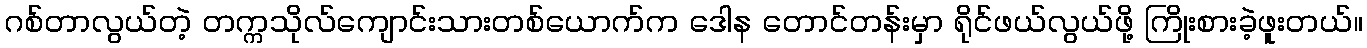
ဂစ်တာလွယ်တဲ့ တက္ကသိုလ်ကျောင်းသားတစ်ယောက်က ဒေါန တောင်တန်းမှာ ရိုင်ဖယ်လွယ်ဖို့ ကြိုးစားခဲ့ဖူးတယ်။